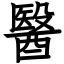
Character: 醫